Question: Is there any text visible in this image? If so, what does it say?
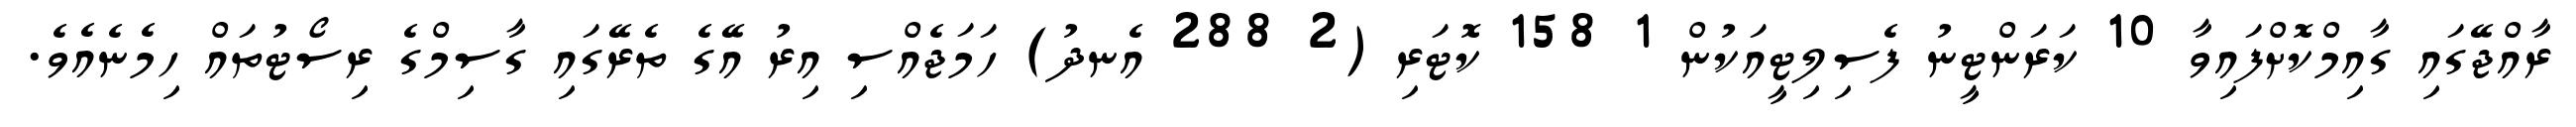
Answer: ރާއްޖޭގައި ގާއިމްކޮށްފައިވާ 10 ކަރަންޓީނު ފެސިލިޓީއަކުން 1 158 ކޮޓަރި (2 288 އެނދު) ހަމަޖެއްސި އިރު އޭގެ ތެރޭގައި ގާސިމްގެ ރިސޯޓުތައް ހިމެނެއެވެ.